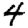
Digit: 4